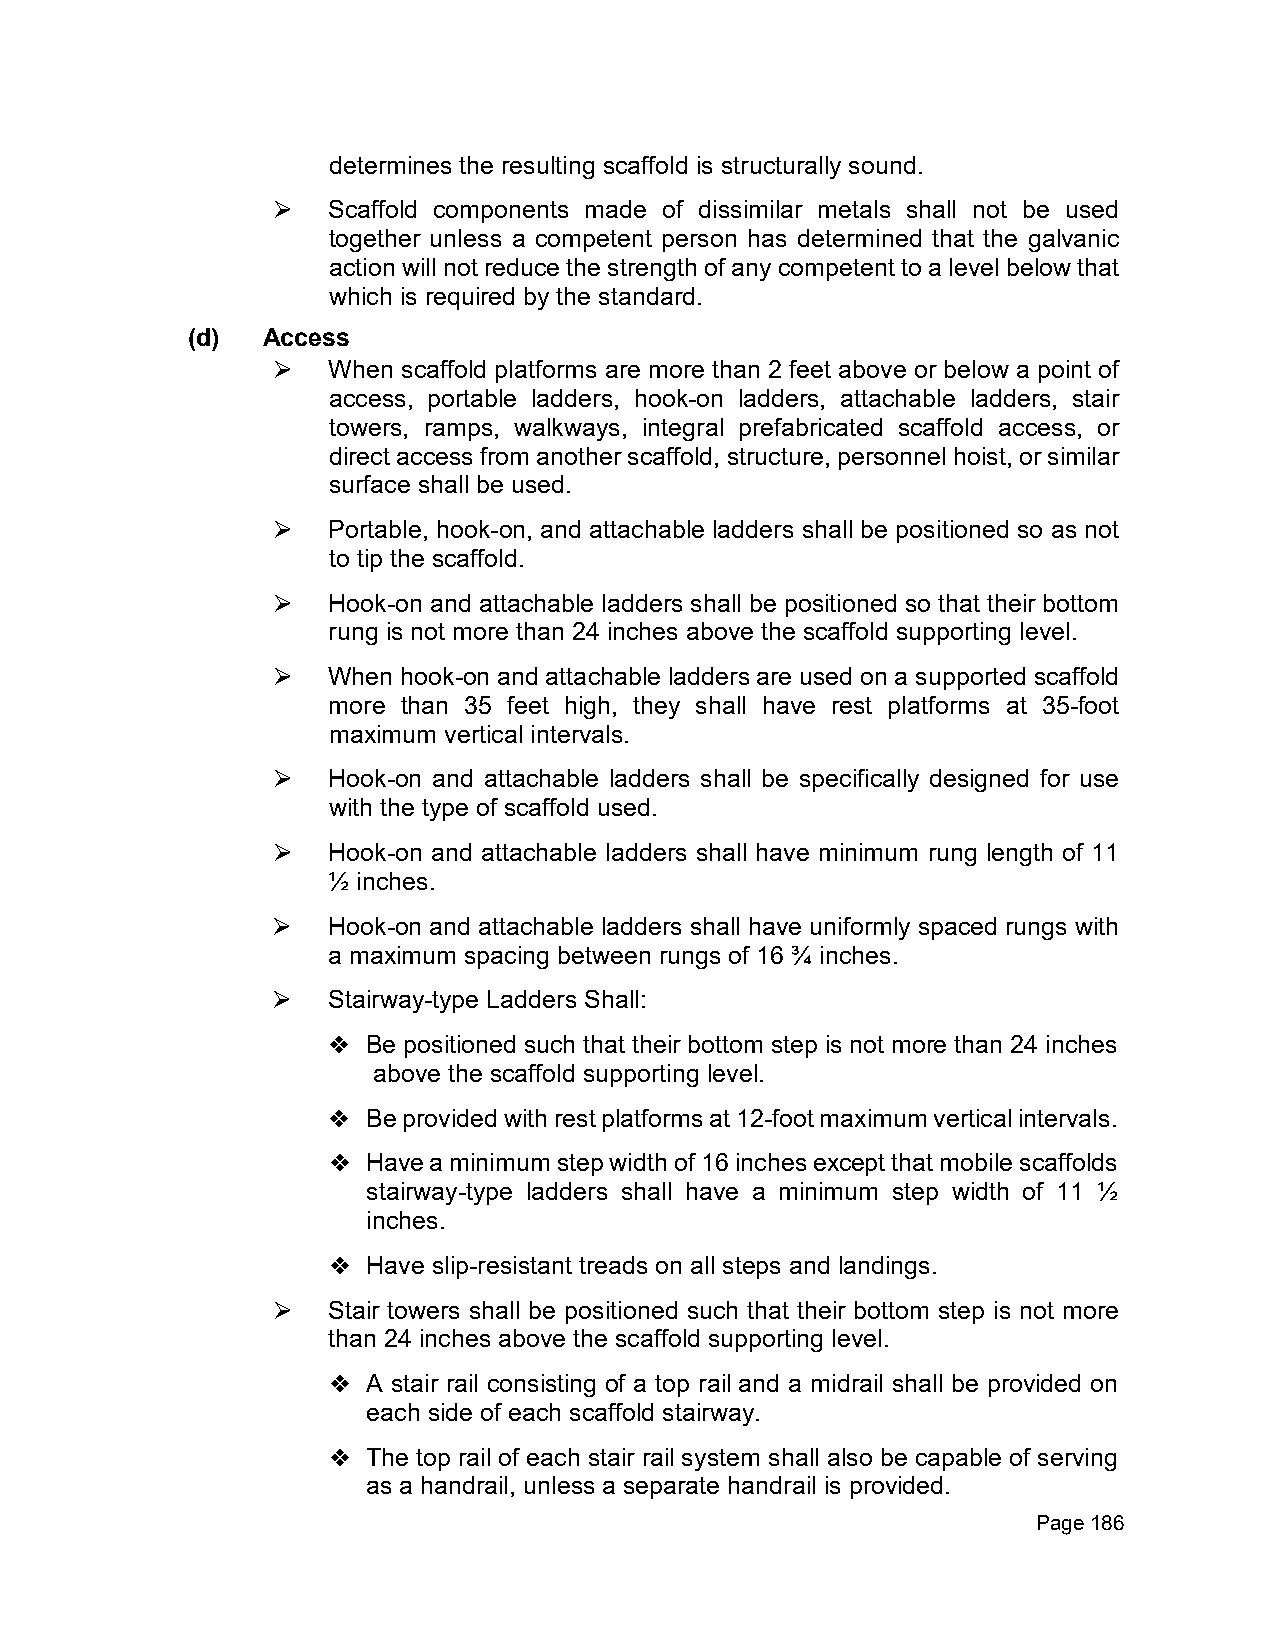
determines the resulting scaffold is structurally sound.
 Scaffold components made of dissimilar metals shall not be used
 ⮚
 together unless a competent person has determined that the galvanic
 action will not reduce the strength of any competent to a level below that
 which is required by the standard.
 (d)  Access
 When scaffold platforms are more than 2 feet above or below a point of
 ⮚
 access, portable ladders, hook-on ladders, attachable ladders, stair
 towers, ramps, walkways, integral prefabricated scaffold access, or
 direct access from another scaffold, structure, personnel hoist, or similar
 surface shall be used.
 Portable, hook-on, and attachable ladders shall be positioned so as not
 ⮚
 to tip the scaffold.
 Hook-on and attachable ladders shall be positioned so that their bottom
 ⮚
 rung is not more than 24 inches above the scaffold supporting level.
 When hook-on and attachable ladders are used on a supported scaffold
 ⮚
 more than 35 feet high, they shall have rest platforms at 35-foot
 maximum vertical intervals.
 Hook-on and attachable ladders shall be specifically designed for use
 ⮚
 with the type of scaffold used.
 Hook-on and attachable ladders shall have minimum rung length of 11
 ⮚
 ½ inches.
 Hook-on and attachable ladders shall have uniformly spaced rungs with
 ⮚
 a maximum spacing between rungs of 16 ¾ inches.
 Stairway-type Ladders Shall:
 ⮚
 Be positioned such that their bottom step is not more than 24 inches
 ❖
 above the scaffold supporting level.
 Be provided with rest platforms at 12-foot maximum vertical intervals.
 ❖
 Have a minimum step width of 16 inches except that mobile scaffolds
 ❖
 stairway-type ladders shall have a minimum step width of 11 ½
 inches.
 Have slip-resistant treads on all steps and landings.
 ❖
 Stair towers shall be positioned such that their bottom step is not more
 ⮚
 than 24 inches above the scaffold supporting level.
 A stair rail consisting of a top rail and a midrail shall be provided on
 ❖
 each side of each scaffold stairway.
 The top rail of each stair rail system shall also be capable of serving
 ❖
 as a handrail, unless a separate handrail is provided.
 Page 186